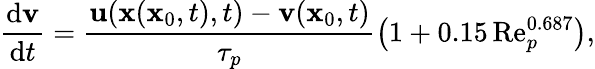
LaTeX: \frac{\mathrm{d}\mathbf{v}}{\mathrm{d}t}=\frac{\mathbf{u}(\mathbf{x}(\mathbf{x}_{0},t),t)-\mathbf{v}(\mathbf{x}_{0},t)}{\tau_{p}}\left(1+0.15\, \mathrm{Re}_{p}^{0.687}\right),